Annual report on the working of the mental hospitals in the Madras Presidency - 1912-1932
Year: 1912
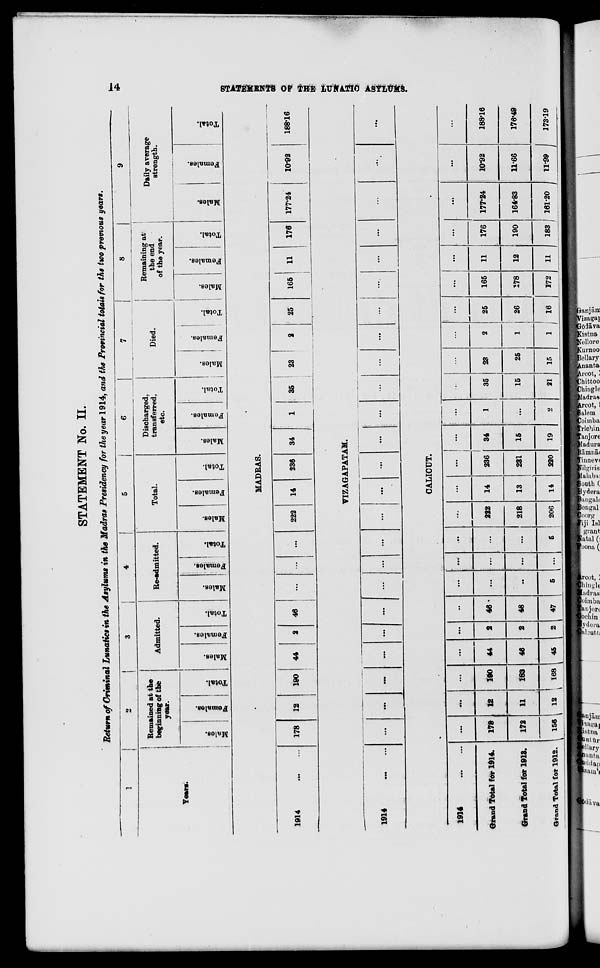
14
STATEMENTS
OF
THE
LUNATIC
ASYLUMS.
STATEMENT No. II.
Return of Criminal Lunatics in the Asylums in the Madras Presidency for the year 1914, and the Provincial totals for the two previous
years.
1
Year.
2
Remained at the
beginning of the
year.
Males.
Females.
Total.
3
Admitted.
Males.
Females.
Total.
4
Re-admitted.
Males.
Females.
Total.
5
Total.
Males.
Females.
Total.
6
Discharged,
transferred,
etc.
Males.
Females.
Total.
7
Died.
Males.
Females.
Total.
8
Remaining at
the end
of the year.
Males.
Females.
Total.
9
Daily average
strength.
Males.
Females.
Total.
MADRAS.
1914 ... ...
178
12
190
44
2
46
...
...
...
222
14
236
34
1
35
23
2
25
165
11
176
177.24
10.92
188.16
VIZAGAPATAM.
1914 ... ...
...
...
...
...
....
...
...
...
...
...
...
...
...
...
...
...
...
...
...
...
...
...
...
...
CALICUT.
1914
...
...
Grand Total for 1914.
Grand Total for 1913.
Grand Total for 1912.
...
178
172
156
...
12
11
12
...
190
183
168
...
44
46
45
...
2
2
2
...
46
48
47
...
...
...
5
...
...
...
...
...
...
...
5
...
222
218
206
...
14
13
14
...
236
231
220
...
34
15
19
...
1
...
2
...
35
15
21
...
23
25
15
...
2
1
1
...
25
26
16
...
165
178
172
...
11
12
11
...
176
190
183
...
177.24
164.83
161.20
...
10.92
11.66
11.99
...
188.16
176.49
173.19